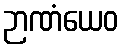
ဉာဏံယေဝ